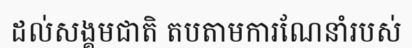
ដល់សង្គមជាតិ តបតាមការណែនាំរបស់